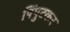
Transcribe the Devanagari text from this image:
पिंपुटकर